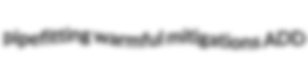
pipefitting warmful mitigations ADD